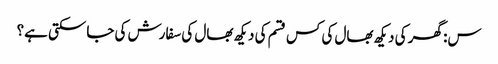
س: گھر کی دیکھ بھال کی کس قسم کی دیکھ بھال کی سفارش کی جاسکتی ہے؟